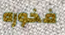
فخوره